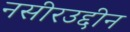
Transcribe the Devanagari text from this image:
नसीरउद्दीन